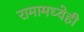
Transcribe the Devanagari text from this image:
रामामध्येही